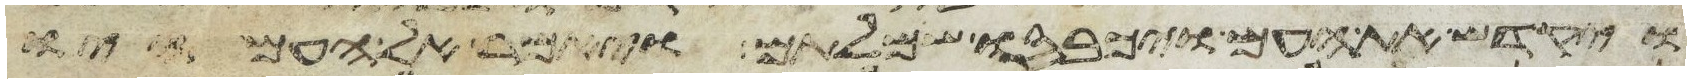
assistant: ויקדש את העם ויכבסו שמלותם ויאמר אל העם היו